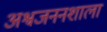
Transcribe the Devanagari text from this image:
अश्वजननशाला